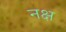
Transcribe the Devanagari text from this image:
नक्ष